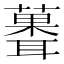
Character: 𫉻